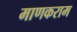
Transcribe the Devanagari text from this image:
माणकराम